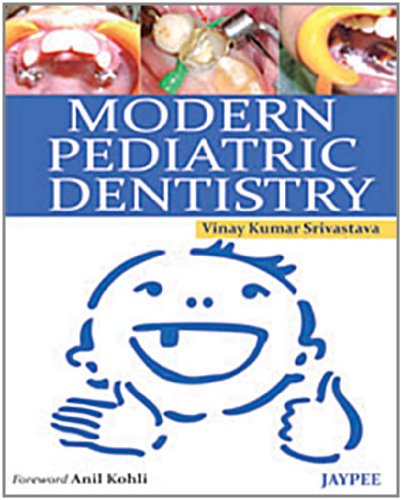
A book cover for Modern Pediatric Dentistry; Vinay Kumar Srivastava; Medical Books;